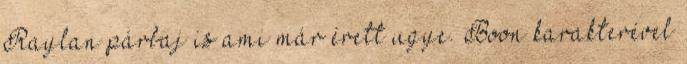
Raylan párbaj is ami már érett ugye. Boon karakterével